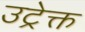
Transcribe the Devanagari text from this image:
उट्रेक्त